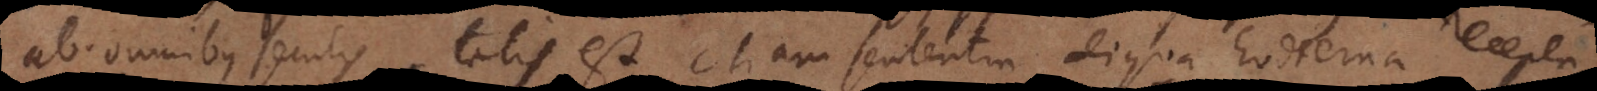
ab omnibus seculis, talis est etiam sententia aliqua hodierna recepta,